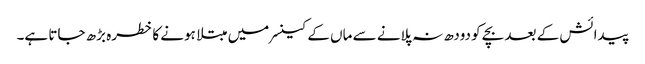
پیدائش کے بعد بچے کو دودھ نہ پلانے سے ماں کے کینسر میں مبتلا ہونے کا خطرہ بڑھ جاتا ہے۔